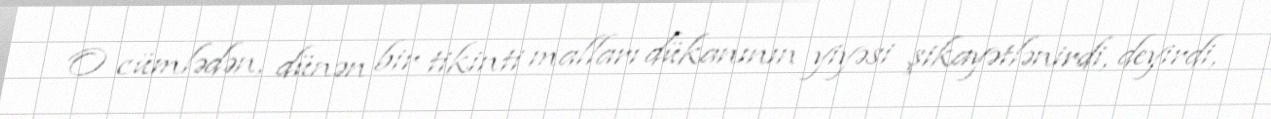
O cümlədən, dünən bir tikinti malları dükanının yiyəsi şikayətlənirdi, deyirdi,